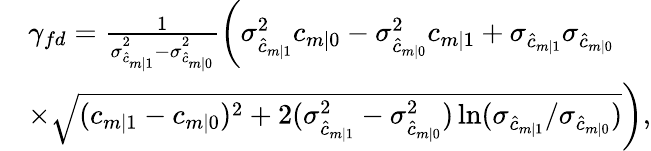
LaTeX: \begin{array}{rl}&{\gamma_{fd}=\frac{1}{\sigma_{\hat{c}_{m|1}}^{2}-\sigma_{\hat{c}_{m|0}}^{2}}\bigg(\sigma_{\hat{c}_{m|1}}^{2}c_{m|0}-\sigma_{\hat{c}_{m|0}}^{2}c_{m|1}+\sigma_{\hat{c}_{m|1}}\sigma_{\hat{c}_{m|0}}}\\ &{\times\sqrt{(c_{m|1}-c_{m|0})^{2}+2(\sigma_{\hat{c}_{m|1}}^{2}-\sigma_{\hat{c}_{m|0}}^{2})\ln(\sigma_{\hat{c}_{m|1}}/\sigma_{\hat{c}_{m|0}})}\bigg),}\end{array}